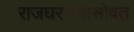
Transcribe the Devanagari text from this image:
राजघराण्यासोबत